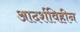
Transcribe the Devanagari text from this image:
आदर्शविहीन